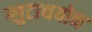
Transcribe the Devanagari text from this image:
ग्लुटाथयोन